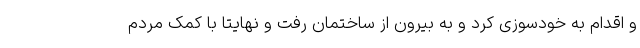
و اقدام به خودسوزی کرد و به بیرون از ساختمان رفت و نهایتا با کمک مردم